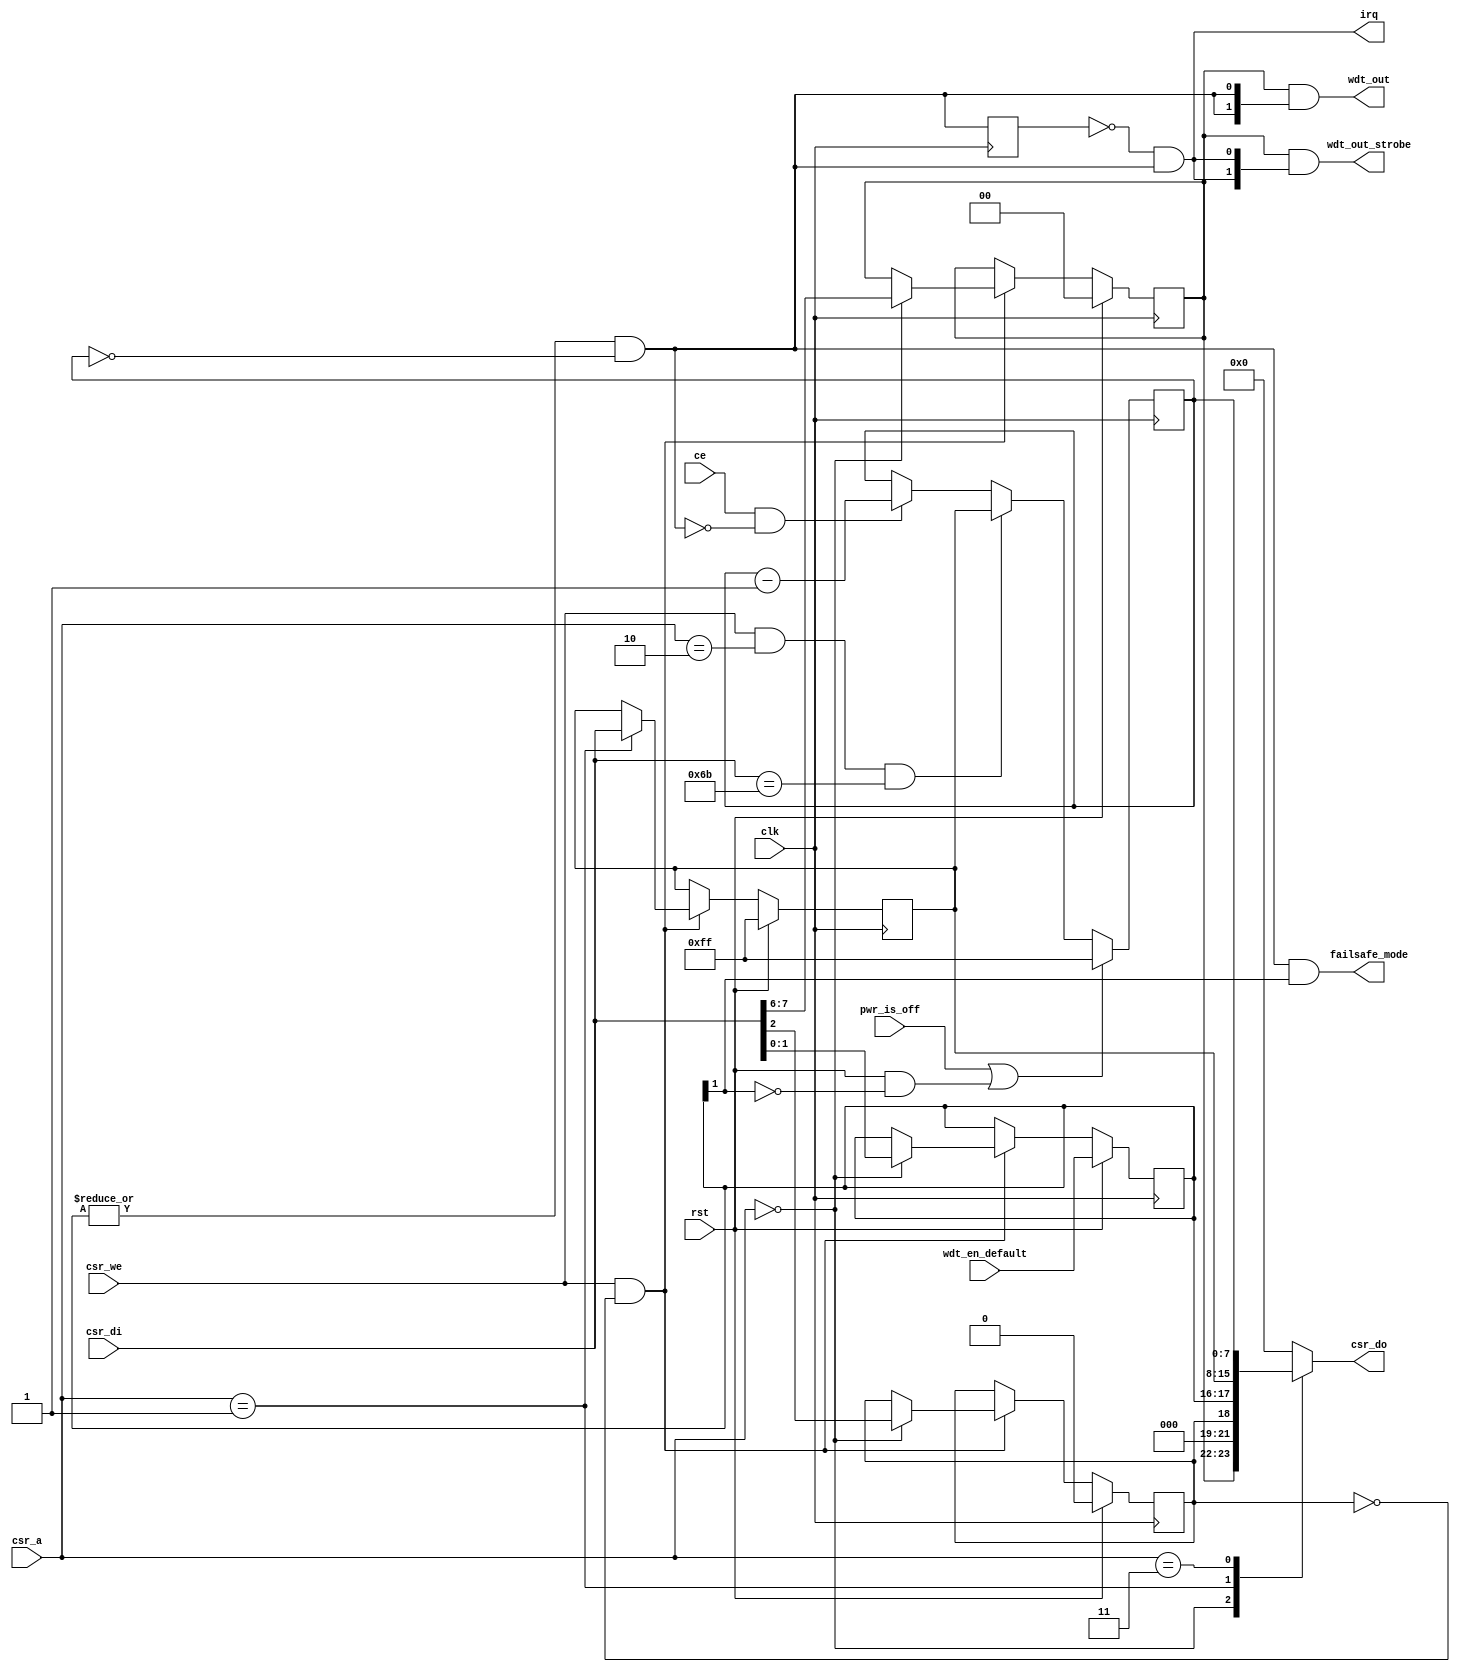
module watchdog #(
	parameter BASE_ADDR = 5'h0,
	parameter DEFAULT_OE = 2'b00,
	parameter DEFAULT_TIMEOUT = 8'hff,
	parameter KICK_VALUE = 8'h6b
) (
	input rst,
	input clk,
	input ce,
	input pwr_is_off,

	input [4:0] csr_a,
	input [7:0] csr_di,
	input csr_we,
	output reg [7:0] csr_do,

	input [1:0] wdt_en_default,
	output [1:0] wdt_out,
	output [1:0] wdt_out_strobe,
	output failsafe_mode,
	output irq
);

localparam R_CTRL = 5'h0;
localparam R_TOUT = 5'h1;
localparam R_KICK = 5'h2;
localparam R_CNT = 5'h3;

reg wdt_locked;
reg [1:0] wdt_oe;
reg [1:0] wdt_en;
reg [7:0] wdt_tout;

reg [7:0] wdt_cnt;
always @(posedge clk) begin
	/* counter reset is gated and only allowed in non-failsafe mode */
	if (pwr_is_off || (rst && !wdt_en[1]))
		wdt_cnt <= DEFAULT_TIMEOUT;
	else if (wdt_kick)
		wdt_cnt <= wdt_tout;
	else if (ce && !wdt_bite)
		wdt_cnt <= wdt_cnt - 8'd1;
end
wire wdt_bite = |wdt_en & (wdt_cnt == 8'd0);
assign failsafe_mode = wdt_bite & wdt_en[1];
assign wdt_out = wdt_oe & {wdt_bite, wdt_bite};

reg wdt_bite0;
always @(posedge clk)
	wdt_bite0 <= wdt_bite;
wire wdt_bite_pulse = !wdt_bite0 & wdt_bite;

assign irq = wdt_bite_pulse;
assign wdt_out_strobe = wdt_oe & {wdt_bite_pulse, wdt_bite_pulse};

always @(posedge clk) begin
	if (rst) begin
		wdt_en <= wdt_en_default;
		wdt_oe <= DEFAULT_OE;
		wdt_tout <= DEFAULT_TIMEOUT;
		wdt_locked <= 1'b0;
	end else begin
		if (csr_we & !wdt_locked) begin
			case (csr_a)
				BASE_ADDR + R_CTRL: {wdt_oe, wdt_locked, wdt_en} <= {csr_di[7:6], csr_di[2:0]};
				BASE_ADDR + R_TOUT: wdt_tout <= csr_di;
			endcase
		end
	end
end
wire wdt_kick = csr_we & (csr_a == BASE_ADDR + R_KICK) & (csr_di == KICK_VALUE);

always @(*) begin
	case (csr_a)
		BASE_ADDR + R_CTRL: csr_do = {wdt_oe, 3'b0, wdt_locked, wdt_en};
		BASE_ADDR + R_TOUT: csr_do = wdt_tout;
		BASE_ADDR + R_CNT: csr_do = wdt_cnt;
		default: csr_do = 8'b0;
	endcase
end

endmodule